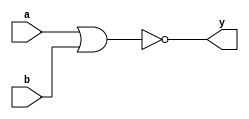
// This program was cloned from: https://github.com/Aryavardhan37/Verilog_codes
// License: MIT License

module nor_gate(a,b,y);
input a,b;
output y;
nor(y,a,b);
endmodule